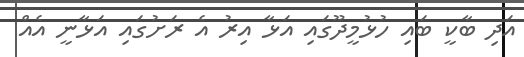
އަދި ބާކީ ބައި ހުޅުމީދޫގައި އަޅާ އިރު އެ ރަށުގައި އަޅާނީ އެއް